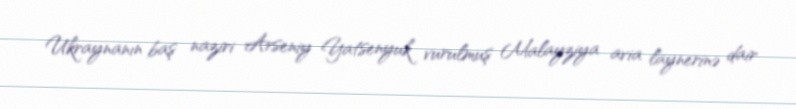
Ukraynanın baş naziri Arseniy Yatsenyuk vurulmuş Malayziya avia laynerinə dair